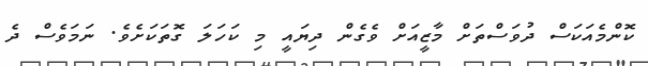
ކޮންމެއަކަސް ދުވަސްތަށް މާޒީއަށް ވެގެން ދިޔައީ މި ކަހަލަ ގޮތަކަށެވެ. ނަމަވެސް ދެ